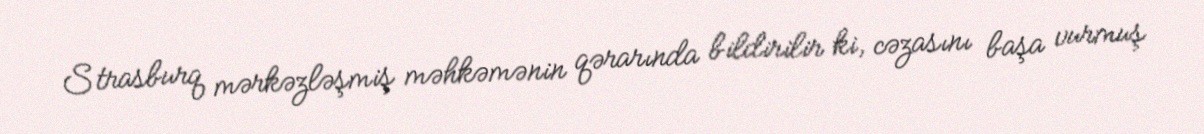
Strasburq mərkəzləşmiş məhkəmənin qərarında bildirilir ki, cəzasını başa vurmuş